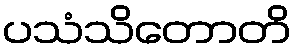
ပသံသိတောတိ